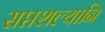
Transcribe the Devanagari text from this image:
सप्तशल्यानि